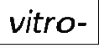
vitro-